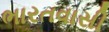
ભારતવાસી